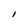
Character: I